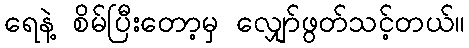
ရေနဲ့ စိမ်ပြီးတော့မှ လျှော်ဖွတ်သင့်တယ်။